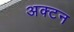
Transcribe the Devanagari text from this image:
अक्टन